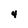
Character: 4